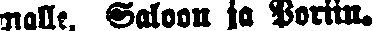
malle. Saloon ja Poriin.